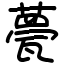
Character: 甍